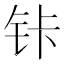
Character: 𰽩